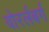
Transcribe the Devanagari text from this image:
वोरर्लबर्ग